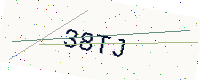
Text: 38TJ